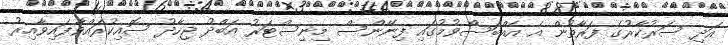
އަދި ސަރުކާރުގެ ފަރާތުން އެ އެއްބަސްވުމުގައި ފިނޭންސް މިނިސްޓަރު އަބްދު ޖިހާދު ސޮއިކުރައްވާފައިވާއިރު